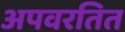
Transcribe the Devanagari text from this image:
अपवरतित